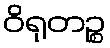
ဝိရုတဉ္စ